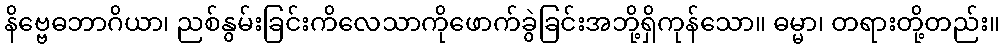
နိဗ္ဗေဓဘာဂိယာ၊ ညစ်နွမ်းခြင်းကိလေသာကိုဖောက်ခွဲခြင်းအဘို့ရှိကုန်သော။ ဓမ္မာ၊ တရားတို့တည်း။